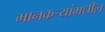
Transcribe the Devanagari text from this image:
मानकर्‍यांमधील